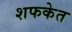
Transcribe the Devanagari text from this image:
शफकेत